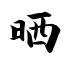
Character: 晒